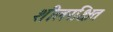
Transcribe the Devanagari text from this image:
शीलरक्षित